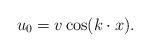
LaTeX: \begin{align*}u_0 = v\cos(k\cdot x).\end{align*}